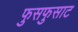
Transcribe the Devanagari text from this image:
फुसफुसाट